Serum-therapy of plague in India - Number 20
Disease focus: Plague
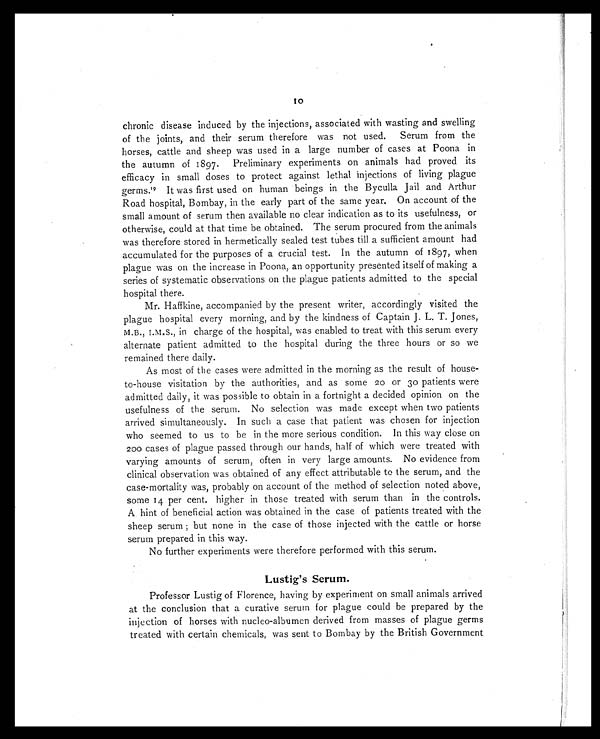
10
chronic disease induced by the injections, associated with wasting and swelling
of the joints, and their serum therefore was not used. Serum from the
horses, cattle and sheep was used in a large number of cases at Poona in
the autumn of 1897. Preliminary experiments on animals had proved its
efficacy in small doses to protect against lethal injections of living plague
germs. 19 It was first used on human beings in the Byculla Jail and Arthur
Road hospital, Bombay, in the early part of the same year. On account of the
small amount of serum then available no clear indication as to its usefulness, or
otherwise, could at that time be obtained. The serum procured from the animals
was therefore stored in hermetically sealed test tubes till a sufficient amount had
accumulated for the purposes of a crucial test. In the autumn of 1897, when
plague was on the increase in Poona, an opportunity presented itself of making a
series of systematic observations on the plague patients admitted to the special
hospital there.
Mr. Haffkine, accompanied by the present writer, accordingly visited the
plague hospital every morning, and by the kindness of Captain J. L. T. Jones,
M.B., I.M.S., in charge of the hospital, was enabled to treat with this serum every
alternate patient admitted to the hospital during the three hours or so we
remained there daily.
As most of the cases were admitted in the morning as the result of house-
to-house visitation by the authorities, and as some 20 or 30 patients were
admitted daily, it was possible to obtain in a fortnight a decided opinion on the
usefulness of the serum. No selection was made except when two patients
arrived simultaneously. In such a case that patient was chosen for injection
who seemed to us to be in the more serious condition. In this way close on
200 cases of plague passed through our hands, half of which were treated with
varying amounts of serum, often in very large amounts. No evidence from
clinical observation was obtained of any effect attributable to the serum, and the
case-mortality was, probably on account of the method of selection noted above,
some 14 per cent. higher in those treated with serum than in the controls.
A hint of beneficial action was obtained in the case of patients treated with the
sheep serum ; but none in the case of those injected with the cattle or horse
serum prepared in this way.
No further experiments were therefore performed with this serum.
Lustig's Serum.
Professor Lustig of Florence, having by experiment on small animals arrived
at the conclusion that a curative serum for plague could be prepared by the
injection of horses with nucleo-albumen derived from masses of plague germs
treated with certain chemicals, was sent to Bombay by the British Government